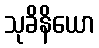
သုခိနိယော